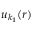
u _ { k _ { 1 } } ( r )